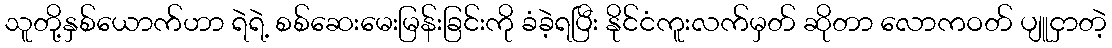
သူတို့နှစ်ယောက်ဟာ ရဲရဲ့ စစ်ဆေးမေးမြန်းခြင်းကို ခံခဲ့ရပြီး နိုင်ငံကူးလက်မှတ် ဆိုတာ လောကဝတ် ပျူငှာတဲ့